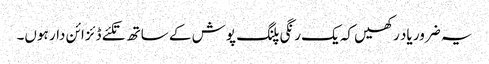
یہ ضرور یاد رکھیں کہ یک رنگی پلنگ پوش کے ساتھ تکئے ڈئزائن دار ہوں۔